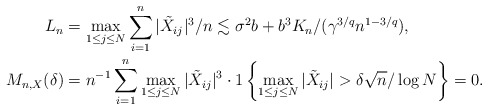
\begin{align*}L_n&=\max_{1\leq j\leq N}\sum_{i=1}^n |\tilde{X}_{i j}|^3/n \lesssim \sigma^2 b+b^3 K_n/(\gamma^{3/q} n^{1-3/q}), \\M_{n,X}(\delta)&=n^{-1} \sum_{i=1}^n\max_{1\leq j\leq N}|\tilde{X}_{i j}|^3\cdot 1\left\{\max_{1\leq j\leq N}|\tilde{X}_{i j}|>\delta\sqrt{n}/\log N\right\}=0.\end{align*}